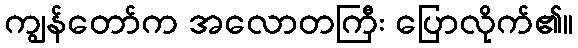
ကျွန်တော်က အလောတကြီး ပြောလိုက်၏။